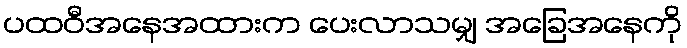
ပထဝီအနေအထားက ပေးလာသမျှ အခြေအနေကို